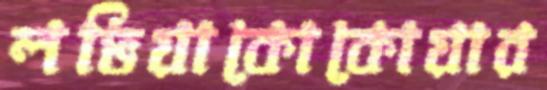
লভিয়াকোকোয়ার